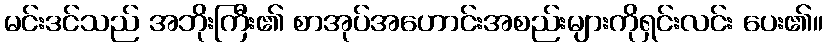
မင်းဒင်သည် အဘိုးကြီး၏ စာအုပ်အဟောင်းအစည်းများကိုရှင်းလင်း ပေး၏။